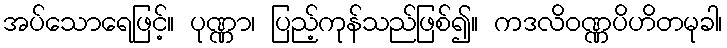
အပ်သောရေဖြင့်။ ပုဏ္ဏာ၊ ပြည့်ကုန်သည်ဖြစ်၍။ ကဒလိဝဏ္ဏပိဟိတမုခါ၊